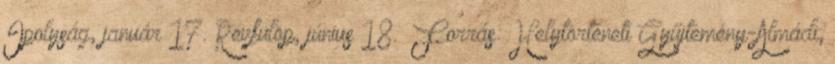
Ipolyság, január 17. Révfülöp, június 18. Forrás: Helytörténeti Gyűjtemény-Almádi,